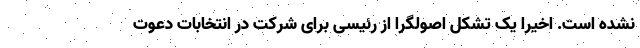
نشده است. اخیرا یک تشکل اصولگرا از رئیسی برای شرکت در انتخابات دعوت